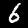
Label: 6